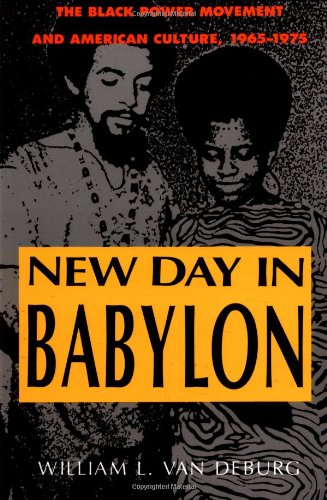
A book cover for New Day in Babylon: The Black Power Movement and American Culture, 1965-1975; William L. Van Deburg; History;